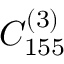
C _ { 1 5 5 } ^ { ( 3 ) }